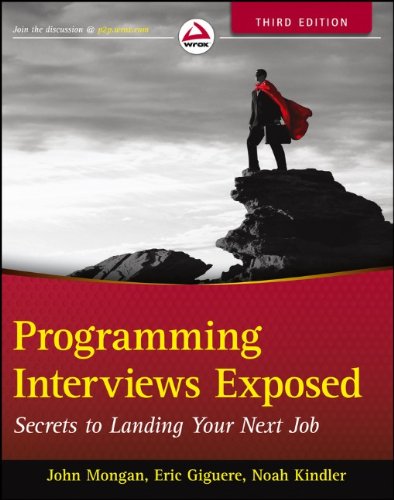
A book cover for Programming Interviews Exposed: Secrets to Landing Your Next Job; John Mongan; Computers & Technology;